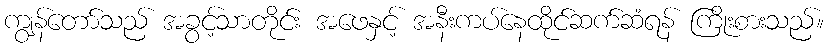
ကျွန်တော်သည် အခွင့်သာတိုင်း အဖေနှင့် အနီးကပ်နေထိုင်ဆက်ဆံရန် ကြိုးစားသည်။